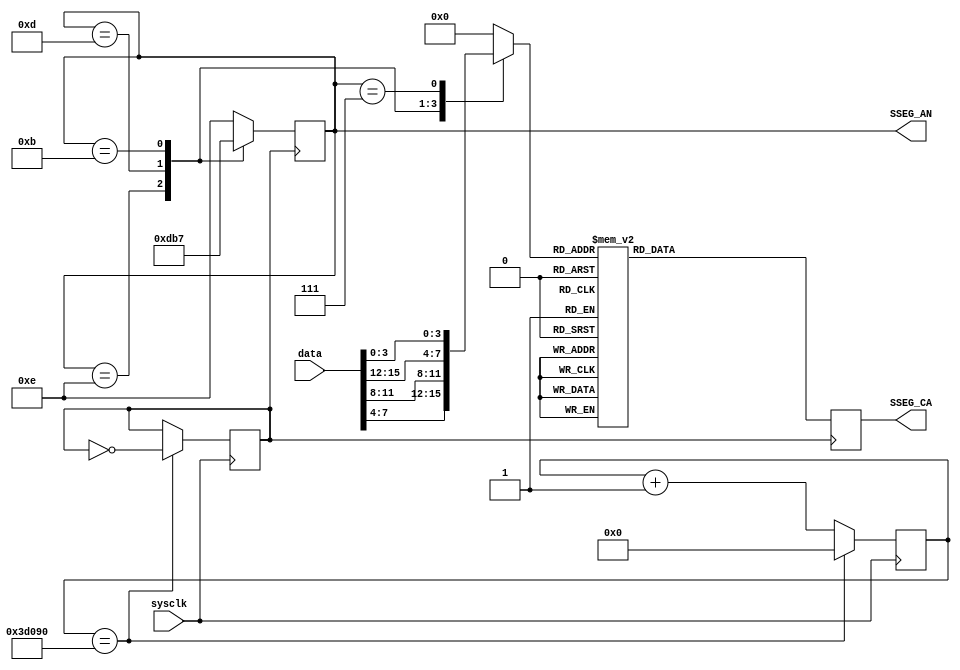
//==============================================================================
// Seven-Segment Program Counter Display for PUnC LC3 Processor
// Note: Use only on an FPGA
//==============================================================================
module SSEG(
   
   // External Inputs
   input  wire        sysclk,          // System Clock (50MHz)
   input  wire [15:0] data,            // Program Counter

   output reg [7:0]  SSEG_CA,          // Cathode
   output reg [3:0]  SSEG_AN           // Anode

);

   localparam DIGIT_A = 4'b1110;
   localparam DIGIT_B = 4'b1101;
   localparam DIGIT_C = 4'b1011;
   localparam DIGIT_D = 4'b0111;

   reg clk;
   reg [3:0] digit;
   reg [31:0] count;

   // Clock divider for display
   always @(posedge sysclk) begin
      if (count == 500000/2) begin
         count <= 0;
         clk <= ~clk;
      end else begin
         count <= count + 1;
      end
   end

   // Select Digit To Decode
   always@( * ) begin
      case (SSEG_AN)
      DIGIT_A: digit = data[7:4];
      DIGIT_B: digit = data[11:8];
      DIGIT_C: digit = data[15:12];
      DIGIT_D: digit = data[3:0];
      default: digit = 4'b0000;
      endcase
   end

   // Update Each Digit Individually
   always@(posedge clk) begin
      case (SSEG_AN)
      DIGIT_A: SSEG_AN <= DIGIT_B;
      DIGIT_B: SSEG_AN <= DIGIT_C;
      DIGIT_C: SSEG_AN <= DIGIT_D;
      DIGIT_D: SSEG_AN <= DIGIT_A;
      default: SSEG_AN <= DIGIT_A;
      endcase
   end

   // Decode Digit
   always@(posedge clk) begin
      case (digit)
      0: SSEG_CA <= 8'b11000000; // 0
      1: SSEG_CA <= 8'b11111001; // 1
      2: SSEG_CA <= 8'b10100100; // 2
      3: SSEG_CA <= 8'b10110000; // 3
      4: SSEG_CA <= 8'b10011001; // 4
      5: SSEG_CA <= 8'b10010010; // 5
      6: SSEG_CA <= 8'b10000010; // 6
      7: SSEG_CA <= 8'b11111000; // 7
      8: SSEG_CA <= 8'b10000000; // 8
      9: SSEG_CA <= 8'b10010000; // 9
      10: SSEG_CA <= 8'b10001000; // A
      11: SSEG_CA <= 8'b10000011; // b
      12: SSEG_CA <= 8'b11000110; // C
      13: SSEG_CA <= 8'b10100001; // d
      14: SSEG_CA <= 8'b10000110; // E
      15: SSEG_CA <= 8'b10001110; // F
      default: SSEG_CA <= 8'b10111111;
      endcase
   end

endmodule